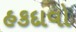
હકદાવો